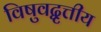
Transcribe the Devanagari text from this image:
विषुवद्वृत्तीय